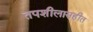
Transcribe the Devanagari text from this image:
तपशीलासहीत